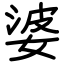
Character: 婆